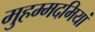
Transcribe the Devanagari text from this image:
मुहम्मदमियां